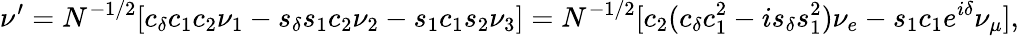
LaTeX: \nu^{\prime}=N^{-1/2}[c_{\delta}c_{1}c_{2}\nu_{1}-s_{\delta}s_{1}c_{2}\nu_{2}-s_{1}c_{1}s_{2}\nu_{3}]=N^{-1/2}[c_{2}(c_{\delta}c_{1}^{2}-is_{\delta}s_{1}^{2})\nu_{e}-s_{1}c_{1}e^{i\delta}\nu_{\mu}],